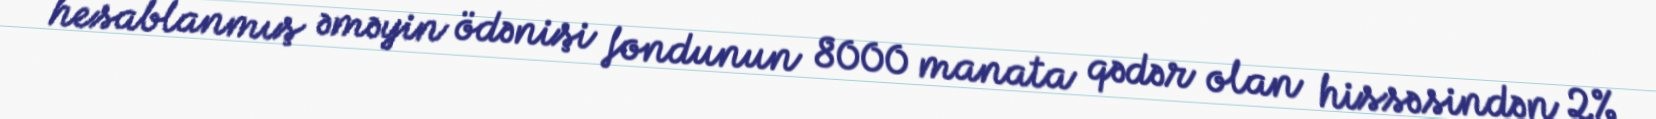
hesablanmış əməyin ödənişi fondunun 8000 manata qədər olan hissəsindən 2%